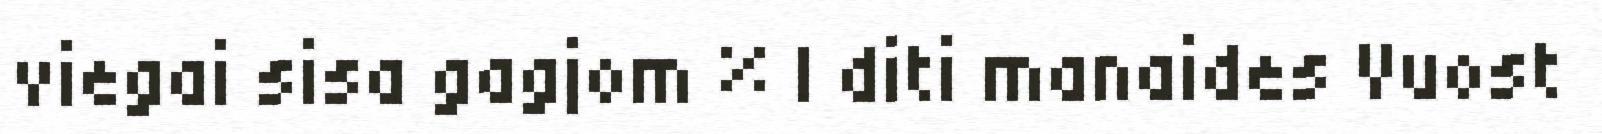
viegai sisa gagjom % | diti manaides Vuost